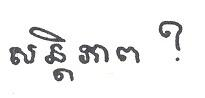
សន្តិភាព  ?